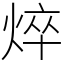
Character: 焠